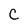
Character: C